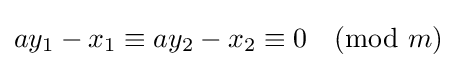
ay_{1}-x_{1}\equiv ay_{2}-x_{2}\equiv 0{\pmod {m}}